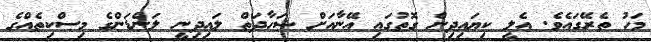
މަހު ތެރޭގައެވެ. އެލީ ކިޔައިދިން ގޮތުގައި އޭނާއަށް ޝަހާދަތް ލައިދިނީ ލަންޑަންގެ މިސްކިތެއްގެ